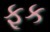
ફૂક